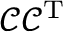
\mathcal { C } \mathcal { C } ^ { \mathrm { T } }